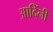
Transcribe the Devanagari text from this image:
आदिंनी